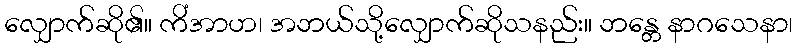
လျှောက်ဆို၏။ ကိံအာဟ၊ အဘယ်သို့လျှောက်ဆိုသနည်း။ ဘန္တေ နာဂသေနာ၊